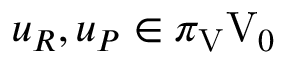
u _ { R } , u _ { P } \in \pi _ { \mathrm { V } } \mathrm { V } _ { 0 }